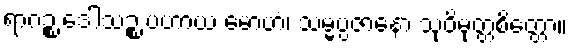
ရာဂဉ္စ ဒေါသဉ္စ ပဟာယ မောဟံ၊ သမ္မပ္ပဇာနော သုဝိမုတ္တစိတ္တော။